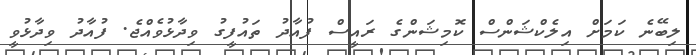
ލިބޭނެ ކަމަށް އިލެކްޝަންސް ކޮމިޝަންގެ ރައީސް ފުއާދު ތައުފީގު ވިދާޅުވެއްޖެ. ފުއާދު ވިދާޅުވީ